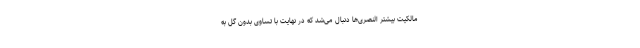
مالکیت بیشتر النصری‌ها دنبال می‌شد که در نهایت با تساوی بدون گل به